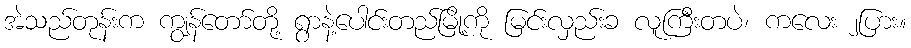
အဲသည်တုန်းက ကျွန်တော်တို့ ရွာနဲ့ပေါင်းတည်မြို့ကို မြင်းလှည်းခ လူကြီးတပဲ၊ ကလေး ၂ပြား။